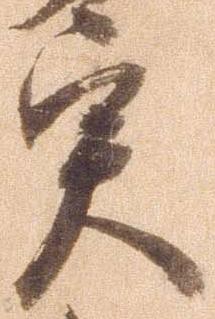
実